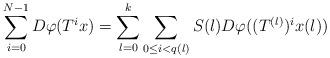
LaTeX: \begin{align*}\sum_{i=0}^{N-1}D\varphi(T^ix) = \sum_{l=0}^{k}\sum_{0\leq i <q(l)}S(l)D\varphi((T^{(l)})^ix(l))\end{align*}